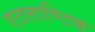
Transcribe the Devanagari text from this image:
एटलाण्टिक